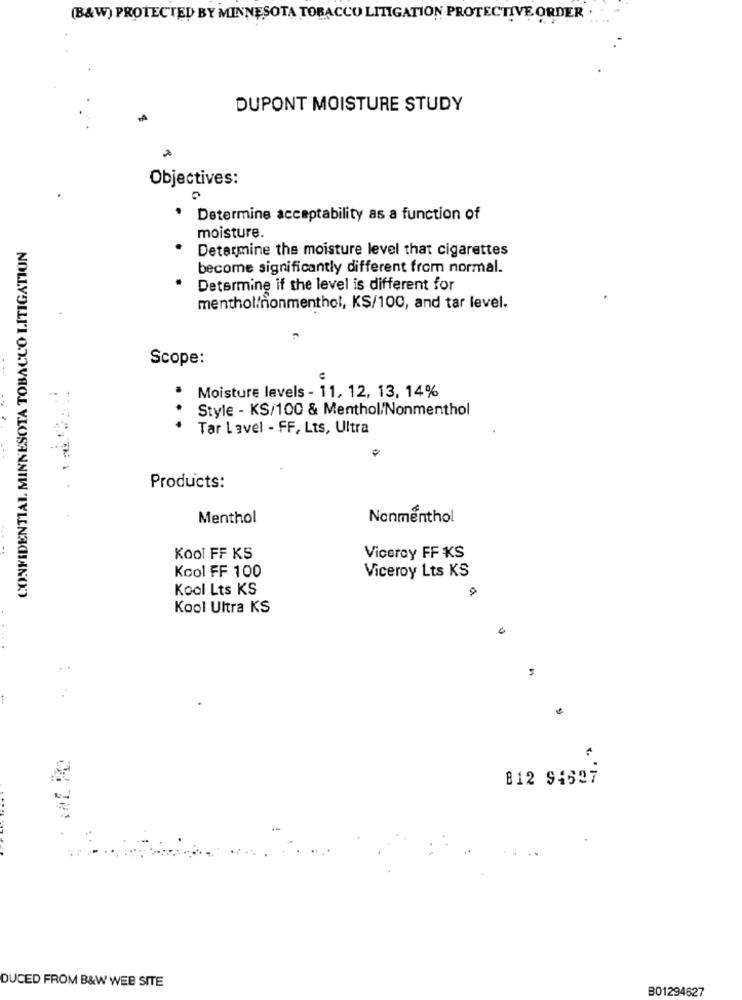
(B&W) PROTECTED BY MINNESOTA TOBACCO LITIGATION PROTECTIVE ORDER .
...
DUPONT MOISTURE STUDY
Objectives:
Determine acceptability as a function of
moisture.
CONFIDENTIAL MINNESOTA TOBACCO LITIGATION
Determine the moisture level that cigarettes
become significantly different from normal.
Determine if the level is different for
menthol/nonmenthol, KS/100, and tar level.
Scope:
Moisture levels - 11, 12, 13, 14%
Style - KS/100 & Menthol/Nonmenthol
...
Tar Lavel - FF, Lts, Ultra
Products:
Menthol
Nonmenthol
KOOI FF KS
Viceroy FF KS
Kool FF 100
Viceroy Lts KS
Kool Lts KS
Kool Ultra KS
1
812 94697
DUCED FROM B&W WEB SITE
B01294627